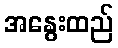
အနွေးထည်